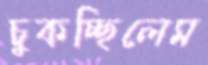
চুকচ্ছিলেম